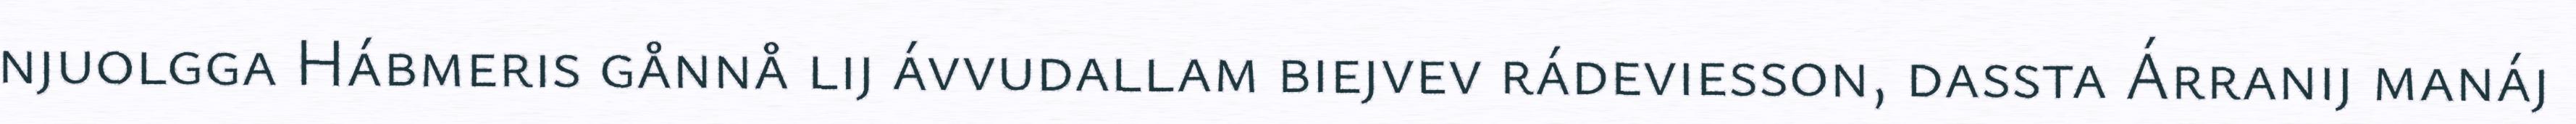
njuolgga Hábmeris gånnå lij ávvudallam biejvev rádeviesson, dassta Árranij manáj